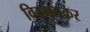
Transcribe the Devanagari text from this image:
विस्मयकर